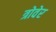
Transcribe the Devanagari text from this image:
त्रोवेर